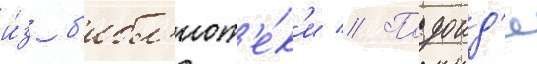
и́з б'ибл'иот'е́к'и // Подоид'я